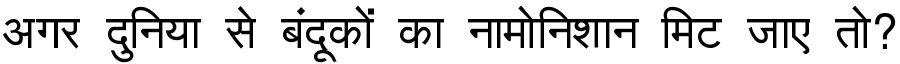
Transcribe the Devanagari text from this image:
अगर दुनिया से बंदूकों का नामोनिशान मिट जाए तो?